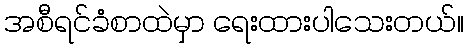
အစီရင်ခံစာထဲမှာ ရေးထားပါသေးတယ်။